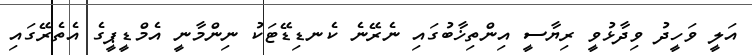
އަލީ ވަހީދު ވިދާޅުވީ ރިޔާސީ އިންތިޚާބުގައި ނެރޭނެ ކެނޑިޑޭޓަކު ނިންމާނީ އެމްޑީޕީގެ އެތެރޭގައި